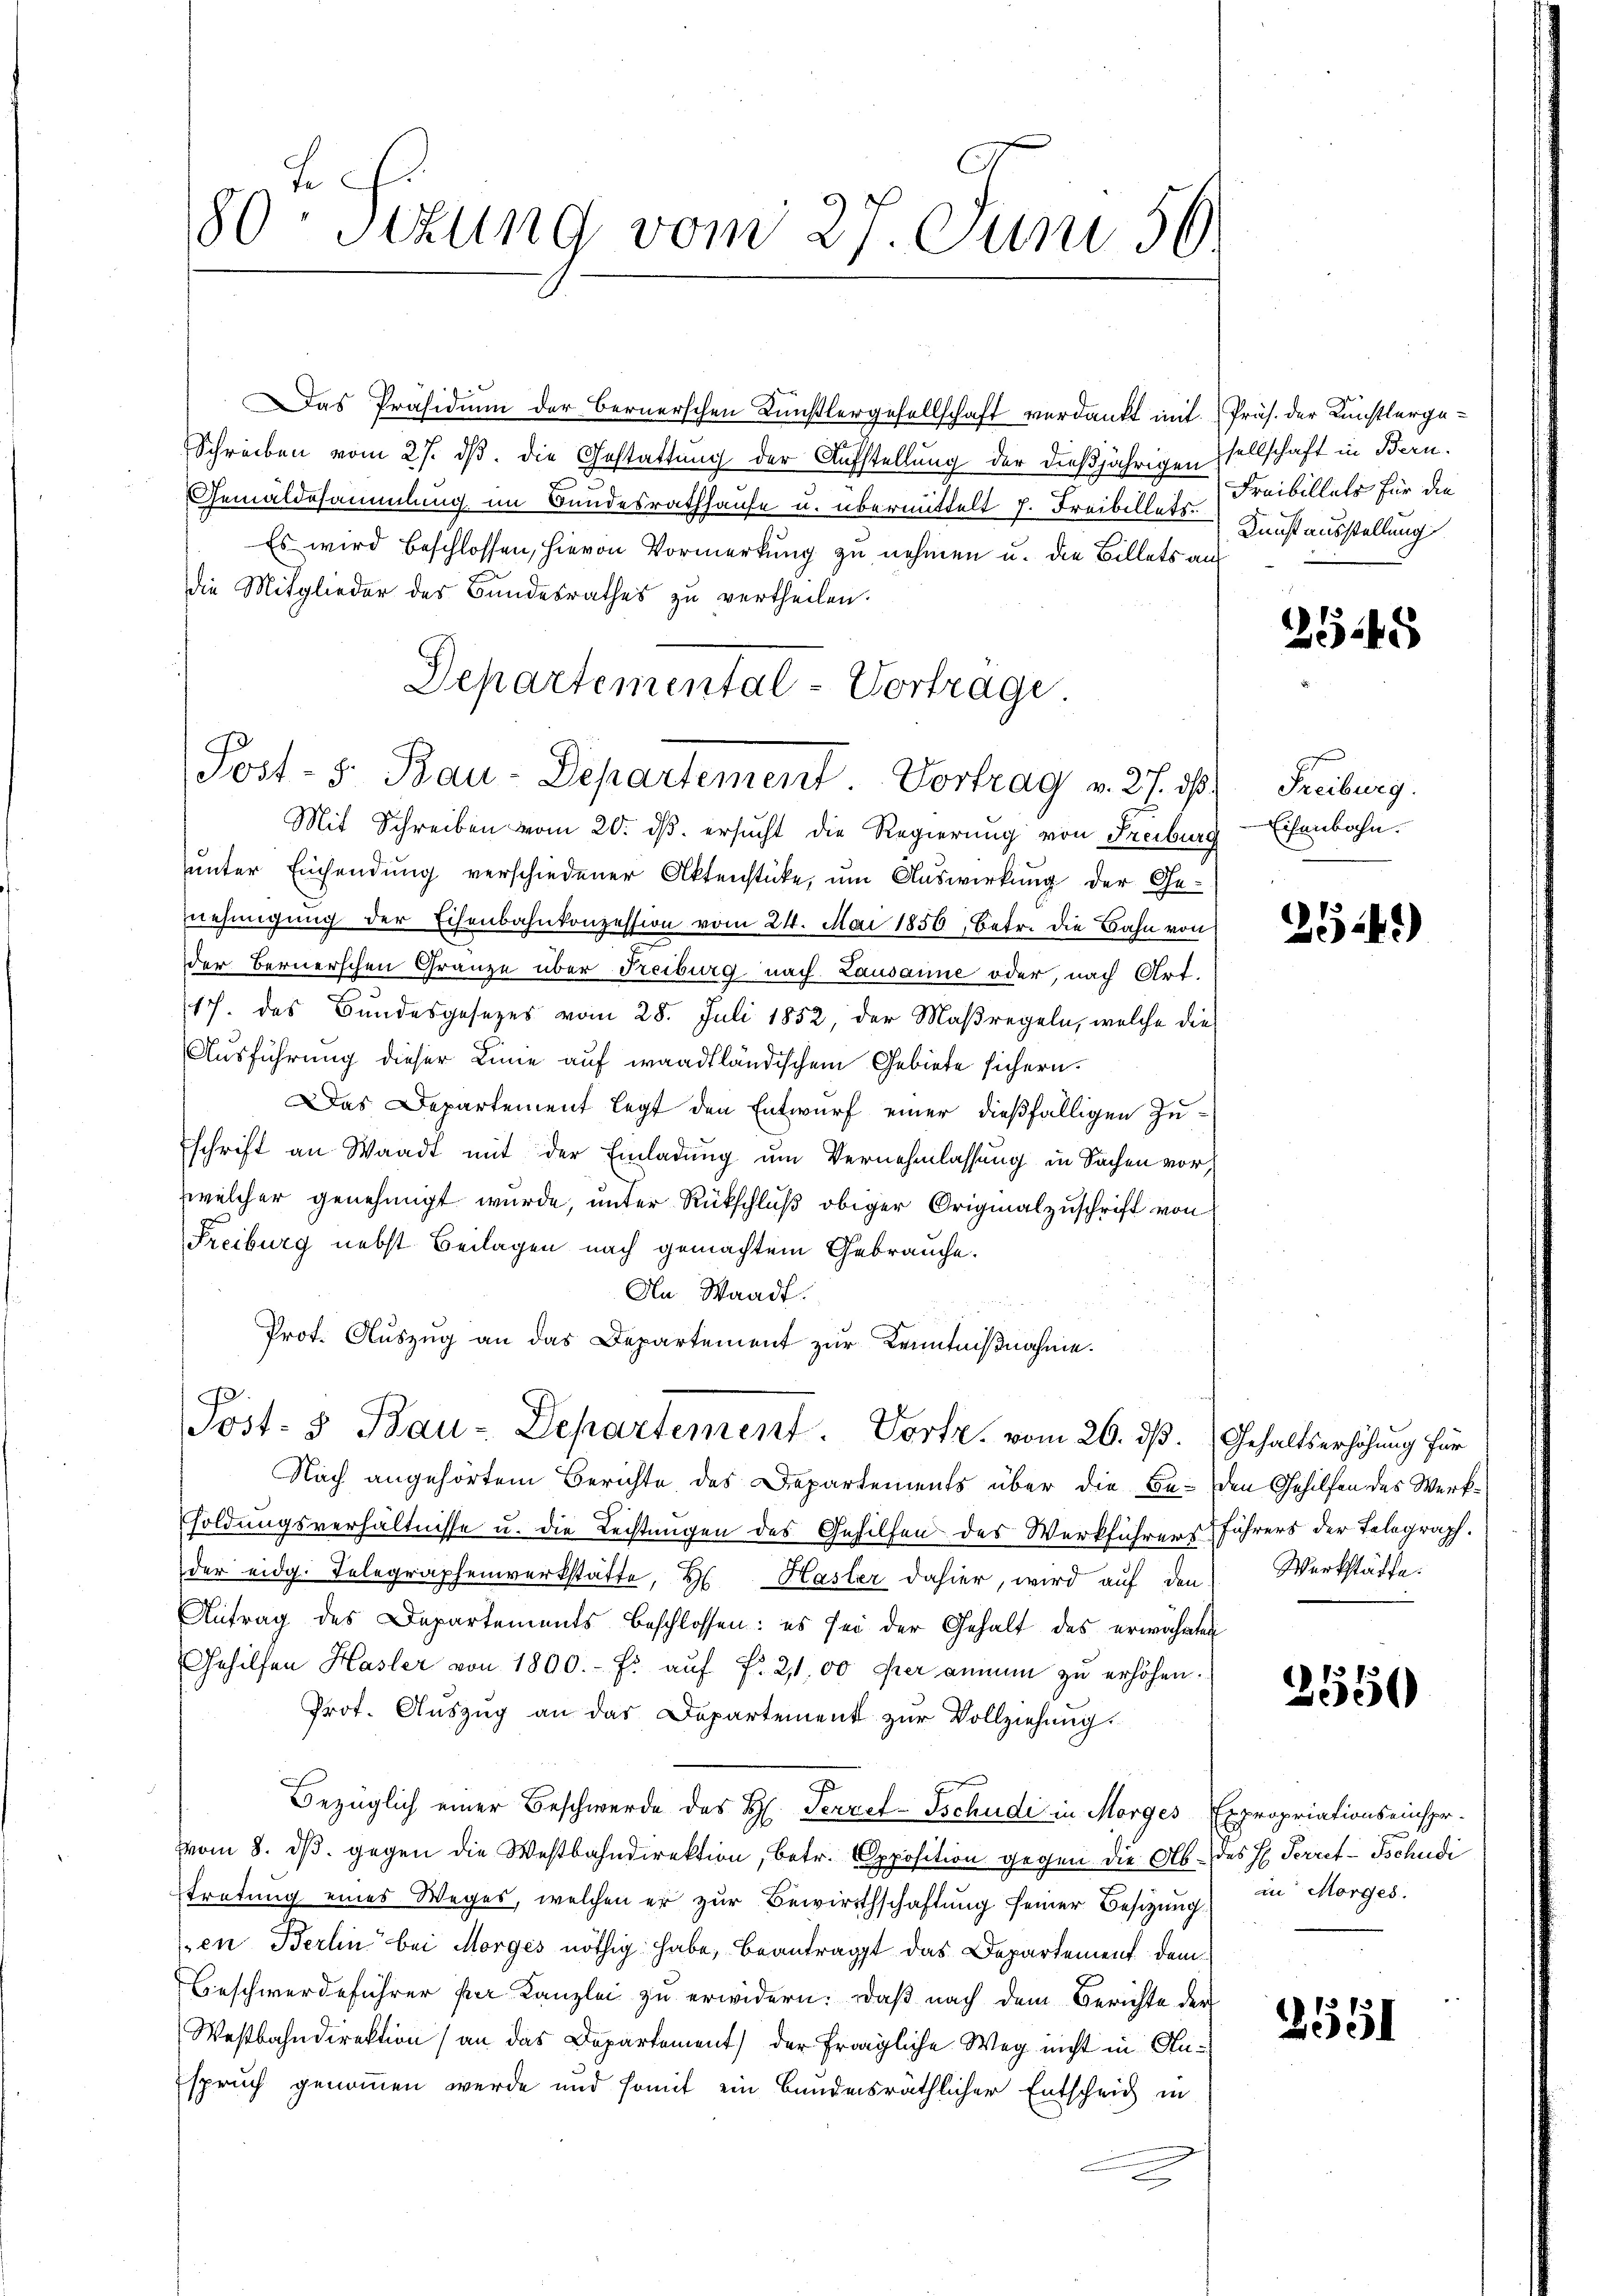
Das Präsidium der Bernerschen Künstlergesellschaft verdankt mit
Schreiben vom 27. ds. die Gestattung der Aufstellung der dießjährigen sellschaft in Bern.
Gemäldesammlung im Bundesrathhause u. übermittelt 7. Freibillets.
Es wird beschlossen, hievon Vormerkung zu nehmen u. die Billets an
Die Mitglieder des Bundesrathes zu vertheilen.
Mit Schreiben vom 20. ds. ersucht die Regierung von Freiburg
unter Einsendung verschiedener Aktenstücke, um Auswirkung der Gennehmigung der Eisenbahnkonzession vom 24. Mai 1856, Betr. die Bahn von
der Bernerschen Gränze über Freiburg nach Lausanne oder, nach Art.
17. des Bundesgesezes vom 28. Juli 1852, der Maßregeln, welche die
Ausführung dieser Linie auf waadtländischem Gebiete sichern.
Das Departement legt den Entwurf einer dießfälligen Zuschrift an Waadt mit der Einladung um Vernehmlassung in Sachen vor,
welcher genehmigt wurde, unter Rückschluß obiger Originalzuschrift von
Freiburg nebst Beilagen nach gemachtem Gebrauche.
An Waadt.
Prot. Auszug an das Departement zur Kenntnißnahme.

80 Sizung vom 27. Juni 56.

Departemental-Vortrage.
Post- 5. Bau-Departement Vortrag v. 27. ds.

Post- & Bau-Departement. Dorfe vom 26. ds. Gehaltserhöhung für

Nach angehörtem Berichte des Departements über die Be- den Gehilfen des Werksoldungsverhältnisse u. die Rechtungen des Gehilfen des Werkführers Führers der Telegraph.
der eidg. Telegraphenwerkstätte, Hs. Hasler dahier, wird auf den Werkstätte.
Antrag des Departements beschlossen: es sei der Gehalt des erwähnten
Gehilfen Hasler von 1800.- Fr. aŭf f. 2100 per anne zu erhöhen.
Prot. Auszug an das Departement zur Vollziehung
Bezüglich einer Beschwerde des H. Perret-Tschudi in Morges Expropriationseinspr
om 8. ds. gegen die Westbahndirektion, betr. Opposition gegen die Alb. des H. Perret-Tschudi
tretung eines Weges, welchen er zŭr Bewirthschaftung seiner Besitzŭng
en Berlin bei Morges nöthig habe, beantragt das Departement dem
Beschwerdeführer per Kanzlei zu erwidern. Daß nach dem Berichte der
Westbahndirektion (an das Departement) der fragliche Weg nicht in Auspruch genommen werde und somit ein bundesräthlicher Entscheid in
e

Präs. der Künstlerge¬
Freibillets für die
Kunstausstellung

2548

Freiburg.
Eisenbahn.

254)

2550

in Morges.

2551